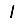
Digit: 1